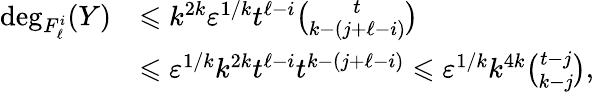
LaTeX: \begin{array}{rl}{\deg_{F_{\ell}^{i}}(Y)}&{\leqslant k^{2k}\varepsilon^{1/k}t^{\ell-i}\binom{t}{k-(j+\ell-i)}}\\ &{\leqslant\varepsilon^{1/k}k^{2k}t^{\ell-i}t^{k-(j+\ell-i)}\leqslant\varepsilon^{1/k}k^{4k}\binom{t-j}{k-j},}\end{array}